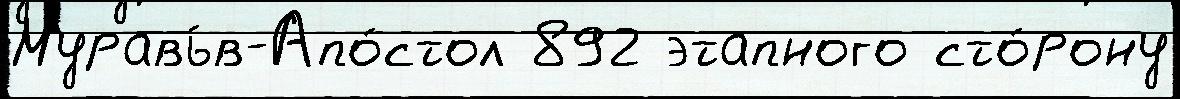
Муравь́в-Апо́стол 892 этапного сто́рону